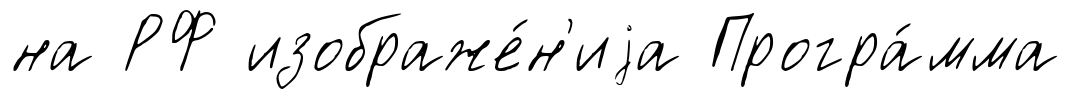
на РФ изображе́н'иjа Програ́мма